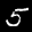
Label: 5